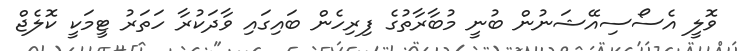
ވޮލީ އެސޯސިއޭޝަނުން ބުނީ މުބާރާތުގެ ފިރިހެން ބައިގައި ވާދަކުރާ ހަތަރު ޓީމަކީ ކޮލެޖް